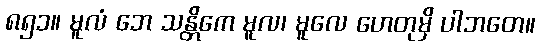
၈၅၁။ မူလံ ဘေ သန္တိကေ မူလ၊ မူလေ ဟေတုမှိ ပါဘတေ။